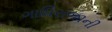
ગાધિરાજાની